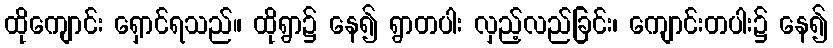
ထိုကျောင်း ရှောင်ရသည်။ ထိုရွာ၌ နေ၍ ရွာတပါး လှည့်လည်ခြင်း၊ ကျောင်းတပါး၌ နေ၍